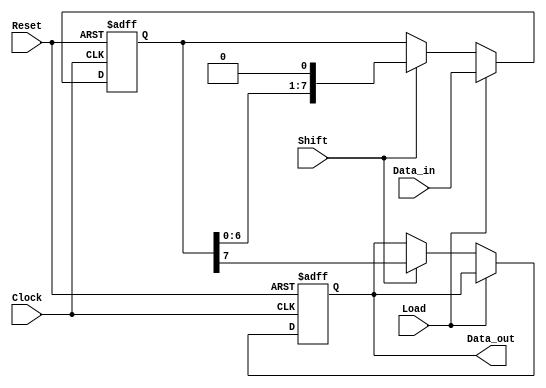
module PISO_Register #(
    parameter DATA_WIDTH = 8, // Configurable width of the data input bus
    parameter MSB_FIRST = 1    // 1 for MSB first, 0 for LSB first
)(
    input wire [DATA_WIDTH-1:0] Data_in, // Parallel input data bus
    input wire Load,                     // Load control signal
    input wire Shift,                    // Shift control signal
    input wire Clock,                    // Clock signal
    input wire Reset,                    // Asynchronous reset signal
    output reg Data_out                  // Serial output
);

    // Internal register to hold the data
    reg [DATA_WIDTH-1:0] shift_reg;

    // Asynchronous reset and loading data
    always @(posedge Clock or posedge Reset) begin
        if (Reset) begin
            shift_reg <= {DATA_WIDTH{1'b0}}; // Clear the register
            Data_out <= 1'b0;                // Clear output
        end else if (Load) begin
            shift_reg <= Data_in;            // Load data into the shift register
        end else if (Shift) begin
            // Shift data out serially
            if (MSB_FIRST) begin
                Data_out <= shift_reg[DATA_WIDTH-1]; // Output MSB
                shift_reg <= {shift_reg[DATA_WIDTH-2:0], 1'b0}; // Shift left
            end else begin
                Data_out <= shift_reg[0]; // Output LSB
                shift_reg <= {1'b0, shift_reg[DATA_WIDTH-1:1]}; // Shift right
            end
        end
    end

endmodule